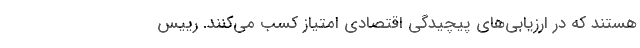
هستند که در ارزیابی‌های پیچیدگی اقتصادی امتیاز کسب می‌کنند. رییس